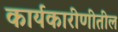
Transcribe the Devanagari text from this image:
कार्यकारीणीतील